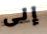
إلى